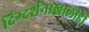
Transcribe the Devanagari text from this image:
दिग्दर्शनाखालीही